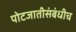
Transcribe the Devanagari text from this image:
पोटजातीसंबंधीच